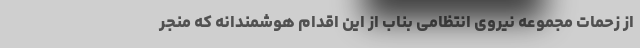
از زحمات مجموعه نیروی انتظامی بناب از این اقدام هوشمندانه که منجر